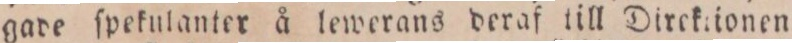
gade ſpekulanter å lewerans deraf till Direktionen